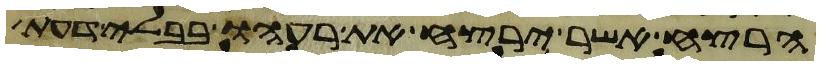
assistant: הרצח אשר ירצח את רעהו בבלי דעת